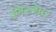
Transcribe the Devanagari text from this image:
गिरजेघर